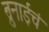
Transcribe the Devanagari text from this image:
ब्रुनाईचं